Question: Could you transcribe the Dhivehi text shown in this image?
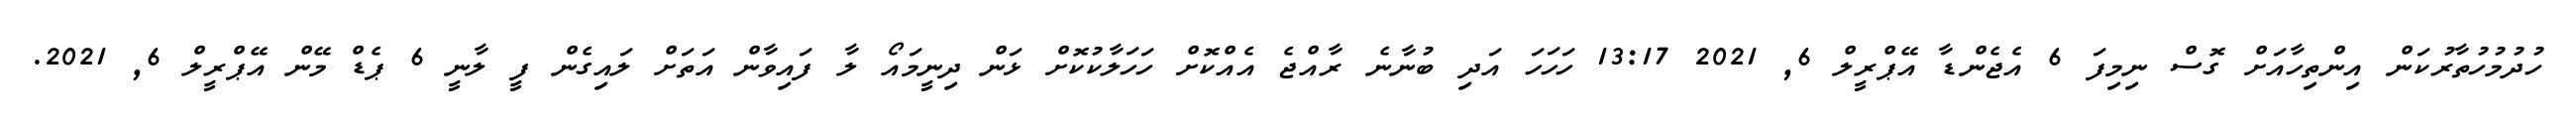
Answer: ހުދުމުހުތާރުކަން އިންތިހާއަށް ގޮސް ނިމިފަ 6 އެޖެންޑާ އޭޕްރީލް 6, 2021 13:17 ހަހަހަ އަދި ބުނާނެ ރާއްޖެ އެއްކޮށް ހަހަލާކުކޮށް ޅަން ދިނީމައޯ ލާ ފައިވާން އަތަށް ލައިގެން ފީ ލާނީ 6 ޕެޑް މޭން އޭޕްރީލް 6, 2021.